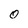
Character: 0